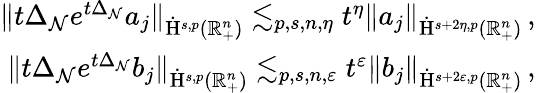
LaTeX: \begin{array}{r}{\lVert t\Delta_{\mathcal{N}}e^{t\Delta_{\mathcal{N}}}a_{j}\rVert_{\dot{\mathrm{H}}^{s,p}(\mathbb{R}_{+}^{n})}\lesssim_{p,s,n,\eta}t^{\eta}\lVert a_{j}\rVert_{\dot{\mathrm{H}}^{s+2\eta,p}(\mathbb{R}_{+}^{n})}\, \mathrm{,~}}\\ {\lVert t\Delta_{\mathcal{N}}e^{t\Delta_{\mathcal{N}}}b_{j}\rVert_{\dot{\mathrm{H}}^{s,p}(\mathbb{R}_{+}^{n})}\lesssim_{p,s,n,\varepsilon}t^{\varepsilon}\lVert b_{j}\rVert_{\dot{\mathrm{H}}^{s+2\varepsilon,p}(\mathbb{R}_{+}^{n})}\, \mathrm{,~}}\end{array}